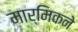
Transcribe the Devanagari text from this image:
मार्मिकने